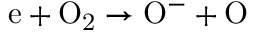
\mathrm { e + O _ { 2 } \to O ^ { - } + O }